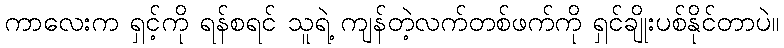
ကာလေးက ရှင့်ကို ရန်စရင် သူရဲ့ ကျန်တဲ့လက်တစ်ဖက်ကို ရှင်ချိုးပစ်နိုင်တာပဲ။